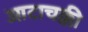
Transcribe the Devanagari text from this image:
आटाचक्की